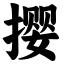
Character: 撄